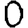
Digit: 0